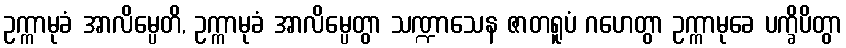
ဥက္ကာမုခံ အာလိမ္ပေတိ, ဥက္ကာမုခံ အာလိမ္ပေတွာ သဏ္ဍာသေန ဇာတရူပံ ဂဟေတွာ ဥက္ကာမုခေ ပက္ခိပိတွာ